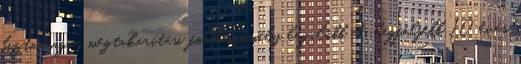
biztonságos megtakarítási forma, amely legalább 4, legfeljebb 10 éves